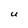
Character: U